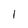
Character: I